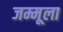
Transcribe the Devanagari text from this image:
जम्मूला